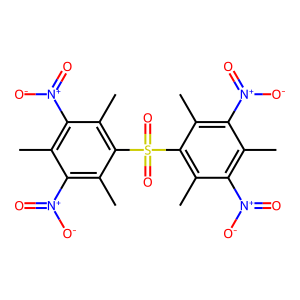
SMILES: Cc1c([N+](=O)[O-])c(C)c(S(=O)(=O)c2c(C)c([N+](=O)[O-])c(C)c([N+](=O)[O-])c2C)c(C)c1[N+](=O)[O-]
Inhibits HIV replication: No